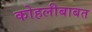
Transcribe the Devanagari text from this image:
कोहलीबाबत